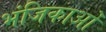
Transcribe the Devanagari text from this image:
भंजिकाओं